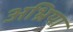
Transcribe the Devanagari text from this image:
अभ्रिया